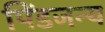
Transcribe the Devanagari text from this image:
पिंडजन्य